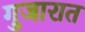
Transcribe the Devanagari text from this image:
गुजारात